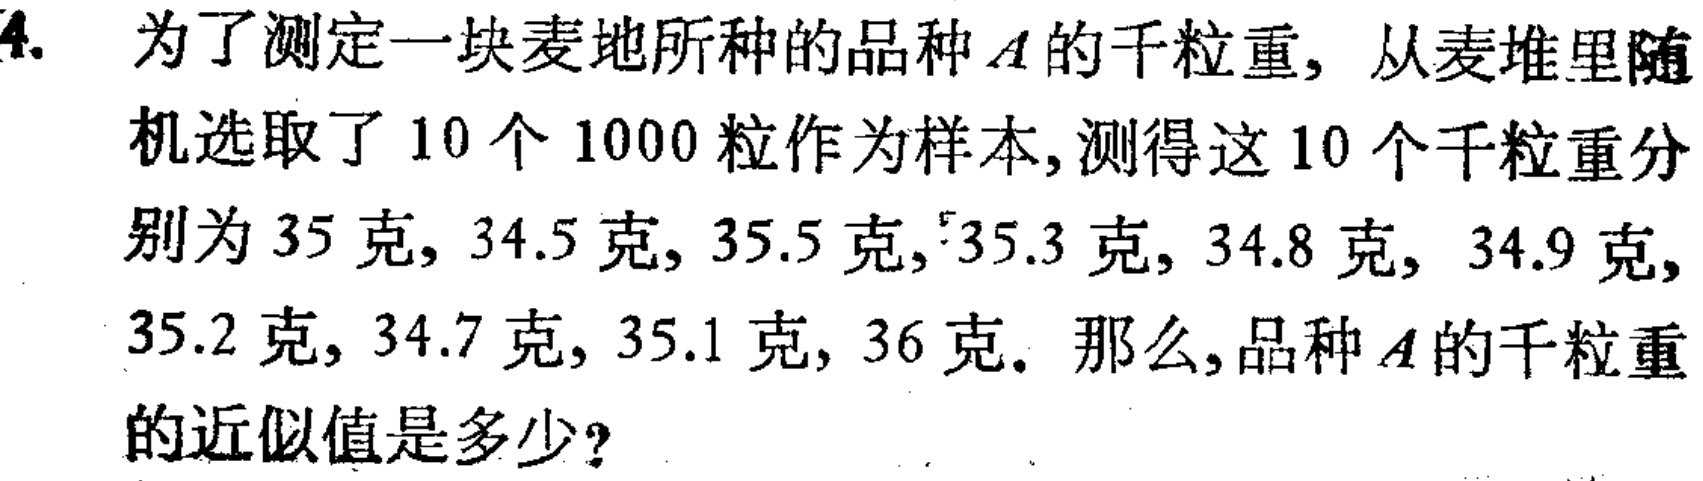
4. 为了测定一块麦地所种的品种\(A\)的千粒重，从麦堆里随机选取了\(10\)个\(1000\)粒作为样本，测得这\(10\)个千粒重分别为\(35\)克，\(34.5\)克，\(35.5\)克，\(35.3\)克，\(34.8\)克，\(34.9\)克，\(35.2\)克，\(34.7\)克，\(35.1\)克，\(36\)克。那么，品种\(A\)的千粒重的近似值是多少？